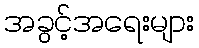
အခွင့်အရေးများ